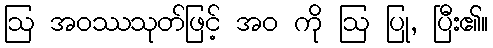
ဩ အဝဿသုတ်ဖြင့် အဝ ကို ဩ ပြု, ပြီး၏။